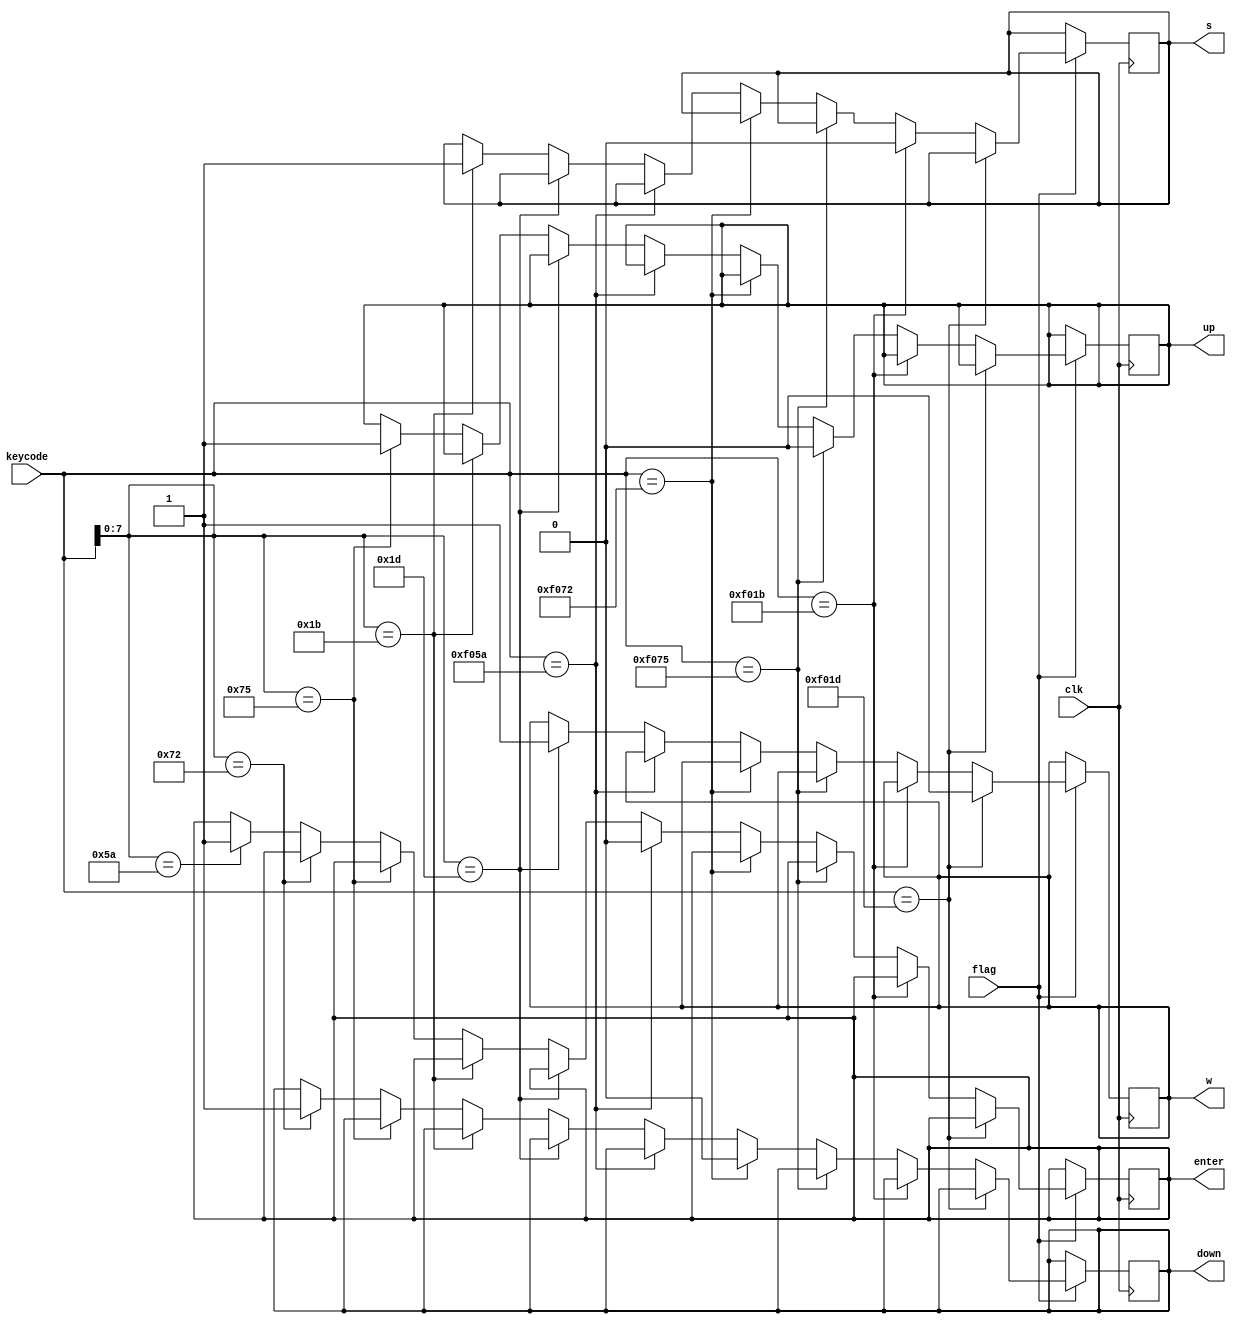
`timescale 1ns / 1ps

module gen_keyboard(
    input clk,
    input flag,
    input [15:0]keycode ,
    output reg w,
    output reg s,
    output reg up,
    output reg down,
    output reg enter
    );

    always @(posedge clk) begin
        if(flag) begin
            if(keycode == 16'hf01d) begin
                w <= 0;
            end else if(keycode == 16'hf01b) begin
                s <= 0;
            end else if(keycode == 16'hf075) begin
                up <= 0;
            end else if(keycode == 16'hf072) begin
                down <= 0;
            end else if(keycode == 16'hf05A) begin
                enter <= 0;
            end else if(keycode[7:0] == 8'h1d) begin
                w <= 1;
            end else if(keycode[7:0] == 8'h1b) begin
                s <= 1;
            end else if(keycode[7:0] == 8'h75) begin
                up <= 1;
            end else if(keycode[7:0] == 8'h72) begin
                down <= 1;
            end else if(keycode[7:0] == 8'h5A) begin
                enter <= 1;
            end
        end
    end
endmodule